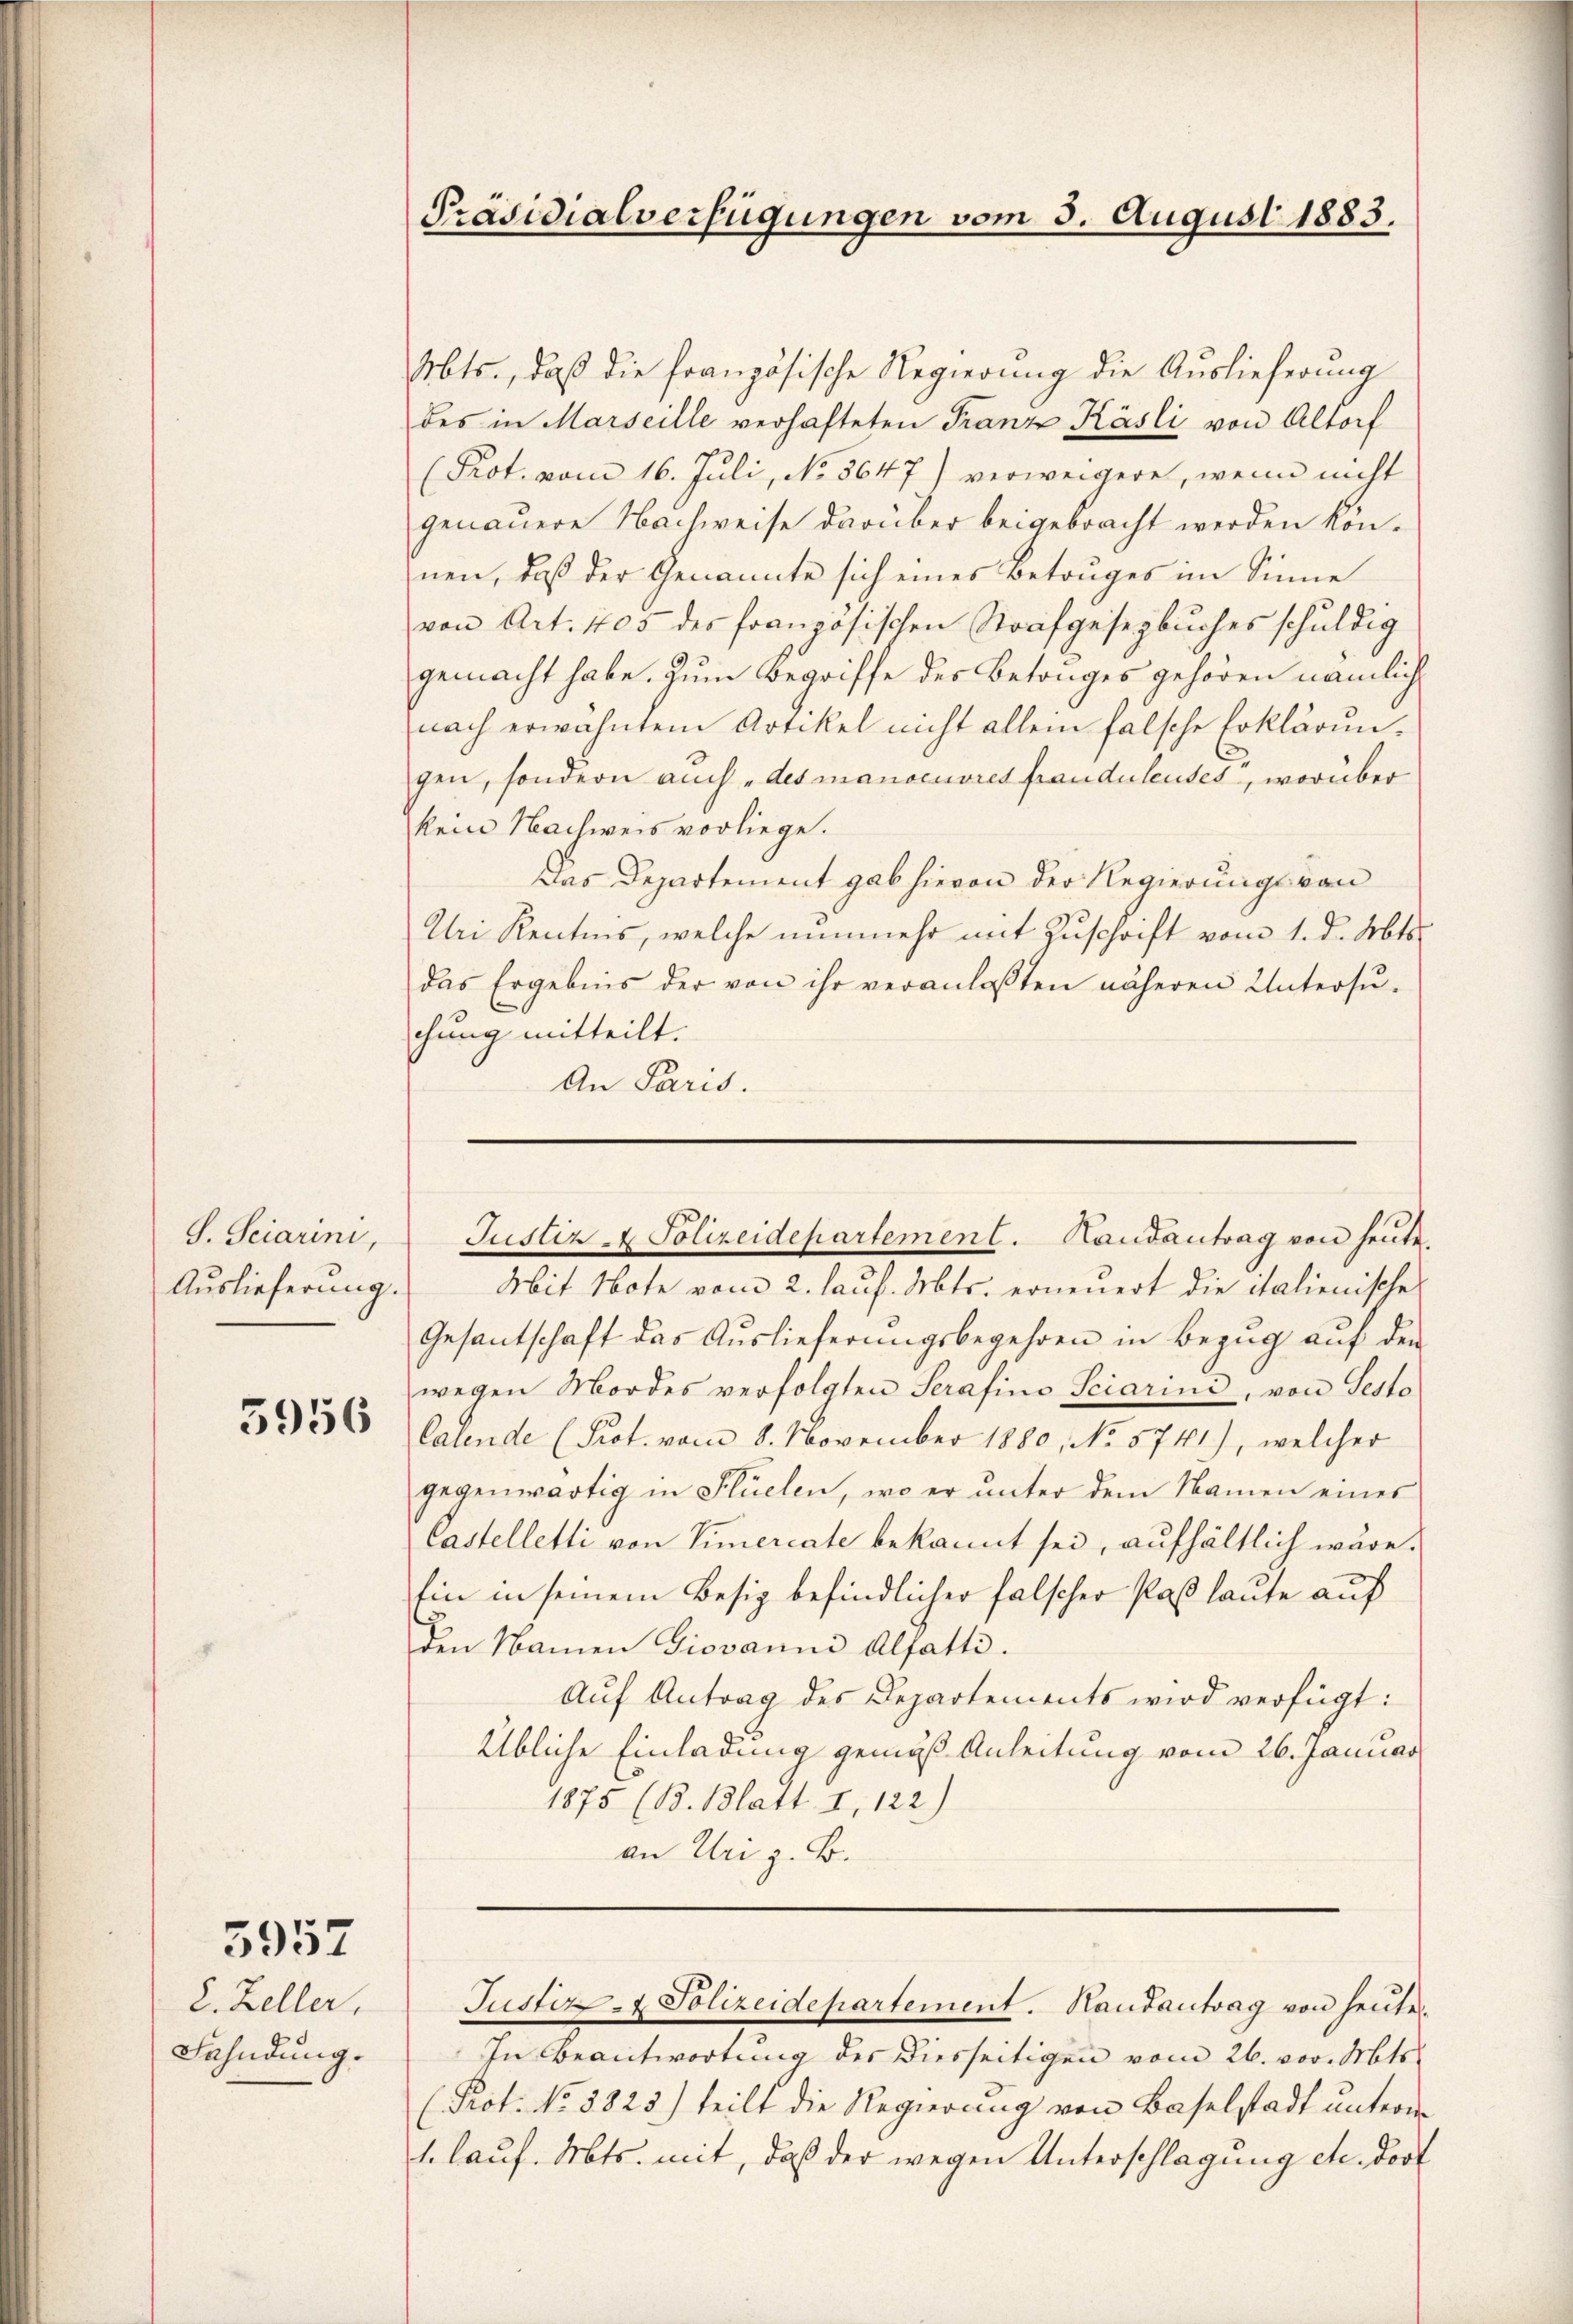
S. Seiarini,
Auslieferung.
5956

5957

2. Zeller,
Fahndung.

Mts., daß die französische Regierung die Auslieferung
des in Marseille verhafteten Franz Käsli von Altorf
(Prot. vom 16. Juli, No. 5647) verweigere, wenn nicht
genauere Nachweise darüber beigebracht werden können, daß der Genannte sich eines Betruges im Sinne
von Art. 405 des französischen Strafgesegbuches schuldig
gemacht habe. Zum Begriffe des Betrages gehören nämlich
nach erwähnten Artikel nicht allein falsche Erklärŭn-
gen, sondern auch „des manoeuvres frauduleutet, worüber
kein Nachweis vorliege.
Das Departement gab hievon der Regierungs von
Uri Rentens, welche nunmehr mit Zuschrift vom 1. d. Mts.
das Ergebnis der von ihr veranlassten näheren Untersŭ-
chung mitteilt.
An Paris.

Präsidialverfügungen vom 3. August 1883.

Justiz & Polizeidepartement. Handantrag von heute.

Mit Note vom 2. lauf. Mts. erneuert die italienisches
Gesantschaft das Auslieferungsbegehren in Bezug auf den
wegen Mordes verfolgten Serafino Sciarini, von Sesto
Calende (Prot. vom 8. November 1880, No 5741), welcher
gegenwärtig in Flüelen, wo er ŭnter dem Namen eines
Castelletti von Simercate bekannt sei, aufhältlich wäre.
tin in seinem Besiz befindlicher falscher Paß laute auf
den Namen Giovanni Alfatte.
Aŭf Antrag des Departements wird verfügt:
Übliche Einladung gemäß Anleitung vom 26. Januar
1875 (B. Blatt. I, 122)
an Uri z. B.

In Beantwortung der diesseitigen vom 26. vor. Mts.
Prot. No. 5823) teilt die Regierung von Baselstadt unterm
slauf. Mts. mit, daß der wegen Unterschlagung etc. Dorf

Justiz- & Polizeidepartement. Hautantrag von heute.